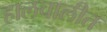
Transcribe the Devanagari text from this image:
हालचालीत